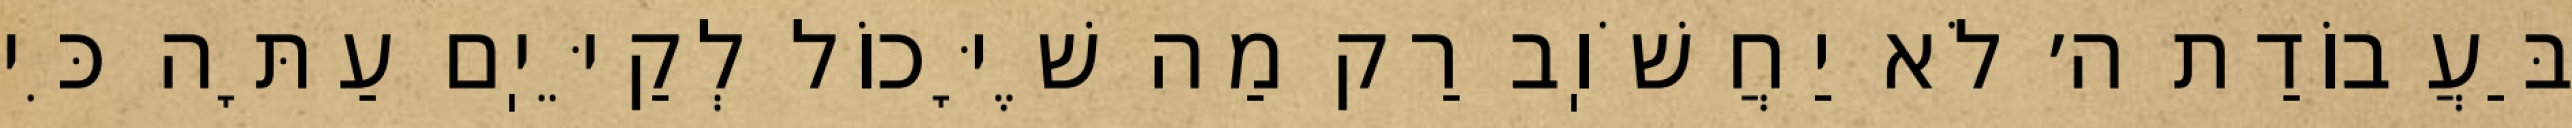
בַּעֲבוֹדַת ה׳ לֹא יַחֲשֹׁוֽב רַק מַה שֶׁיָּכוֹל לְקַיֵּיֽם עַתָּה כִּי